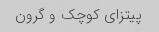
پیتزای کوچک و گرون